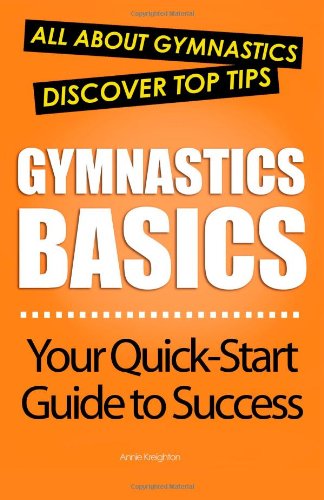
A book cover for Gymnastics Basics: All About Gymnastics; Annie Kreighton; Sports & Outdoors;